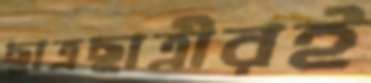
ছাত্রছাত্রীরই